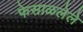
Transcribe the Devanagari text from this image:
फेसाळलेले